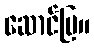
ဆောင်ပြ။